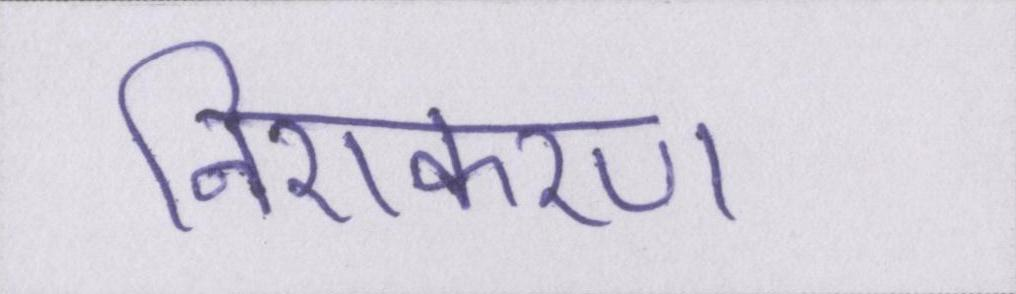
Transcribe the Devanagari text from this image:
निराकरण